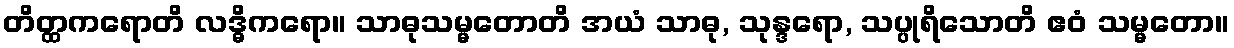
တိတ္ထကရောတိ လဒ္ဓိကရော။ သာဓုသမ္မတောတိ အယံ သာဓု, သုန္ဒရော, သပ္ပုရိသောတိ ဧဝံ သမ္မတော။